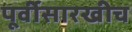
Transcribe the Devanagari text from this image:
पूर्वीसारखीच